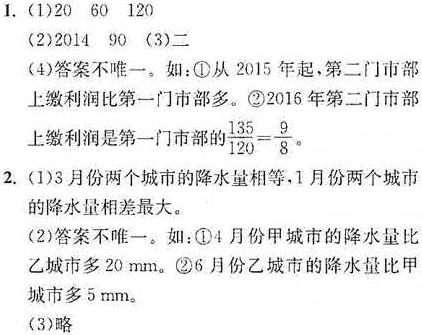
1. (1)20  60  120
(2)2014  90  (3)二
(4)答案不唯一。如：\textcircled{1}从2015年起，第二门市部上缴利润比第一门市部多。\textcircled{2}2016年第二门市部上缴利润是第一门市部的$\frac{135}{120}=\frac{9}{8}$。
2. (1)3月份两个城市的降水量相等，1月份两个城市的降水量相差最大。
(2)答案不唯一。如：\textcircled{1}4月份甲城市的降水量比乙城市多20 mm。\textcircled{2}6月份乙城市的降水量比甲城市多5 mm。
(3)略